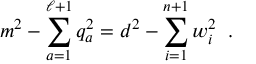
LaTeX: m ^ { 2 } - \sum _ { a = 1 } ^ { \ell + 1 } q _ { a } ^ { 2 } = d ^ { 2 } - \sum _ { i = 1 } ^ { n + 1 } w _ { i } ^ { 2 } \; \; .